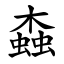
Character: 螙